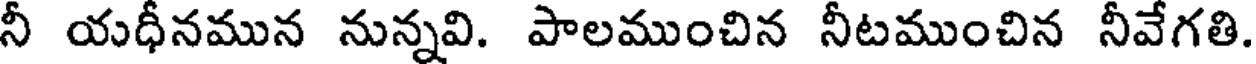
నీ యధీనమున నున్నవి. పాలముంచిన నీటముంచిన నీవేగతి.